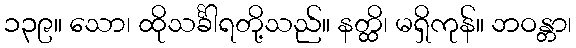
၁၃၉။ သော၊ ထိုသင်္ခါရတို့သည်။ နတ္ထိ၊ မရှိကုန်။ ဘဝန္တာ၊